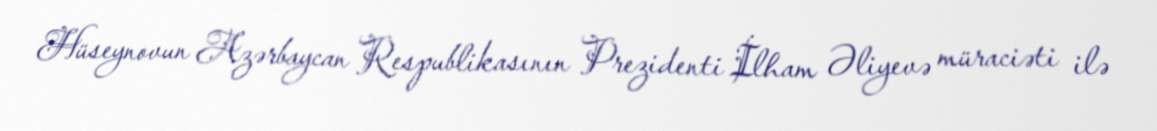
Hüseynovun Azərbaycan Respublikasının Prezidenti İlham Əliyevə müraciəti ilə